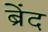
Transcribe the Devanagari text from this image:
ब्रेंद